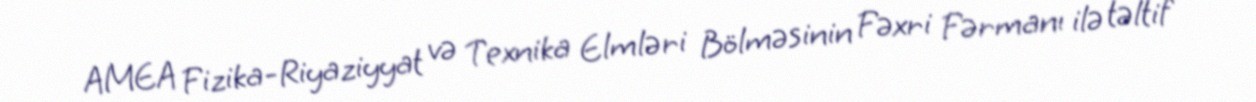
AMEA Fizika-Riyaziyyat və Texnika Elmləri Bölməsinin Fəxri Fərmanı ilə təltif